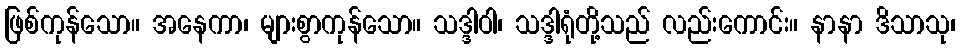
ဖြစ်ကုန်သော။ အနေကာ၊ များစွာကုန်သော။ သဒ္ဒါဝါ၊ သဒ္ဒါရုံတို့သည် လည်းကောင်း။ နာနာ ဒိသာသု၊